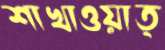
শাখাওয়াত্